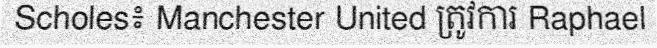
Scholes៖ Manchester United ត្រូវការ Raphael